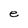
Character: e